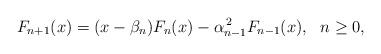
LaTeX: \begin{align*}F_{n+1}(x)=(x-\beta_{n})F_{n}(x)-\alpha_{n-1}^{\,2}F_{n-1}(x),\ \ n\geq0,\end{align*}